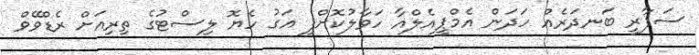
ސަފާރީ ބަނދަރެއް ހަދަން އެމްޕީއެލްއާ ހަވާލުކޮށްފި އަގު ހެޔޮ ލިސްޓުގެ ތިރިއަށް ރެޑްވޭވް